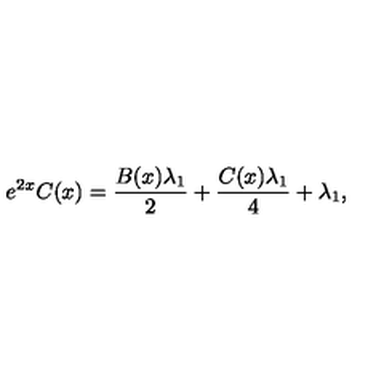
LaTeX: e ^ { 2 x } C ( x ) = \frac { B ( x ) \lambda _ { 1 } } { 2 } + \frac { C ( x ) \lambda _ { 1 } } { 4 } + \lambda _ { 1 } ,